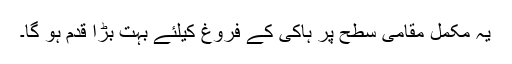
یہ مکمل مقامی سطح پر ہاکی کے فروغ کیلئے بہت بڑا قدم ہو گا۔